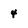
Character: 4